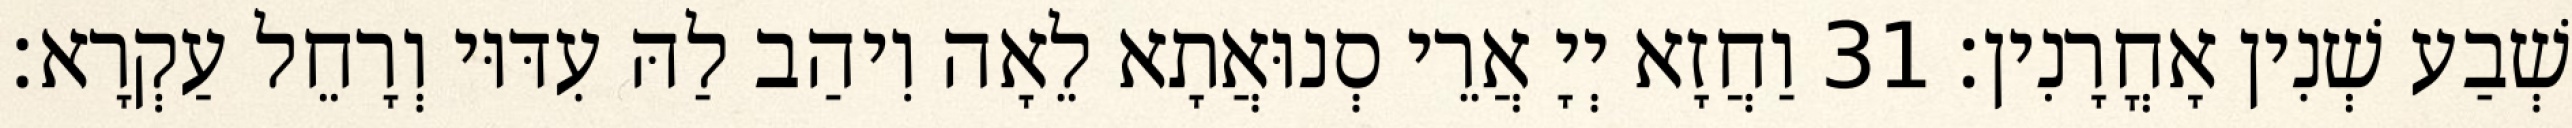
שְׁבַע שְׁנִין אָחֳרָנִין׃ 31 וַחֲזָא יְיָ אֲרֵי סְנוּאֲתָא לֵאָה וִיהַב לַהּ עִדּוּי וְרָחֵל עַקְרָא׃